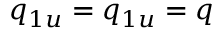
q _ { 1 u } = q _ { 1 u } = q